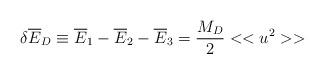
LaTeX: \begin{align*}\delta {\overline E}_D \equiv {\overline E}_1 - {\overline E}_2 - {\overline E_3} ={M_D \over 2}<<u^2>>\end{align*}